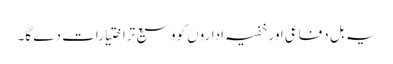
یہ بل دفاعی اور خفیہ اداروں کووسیع تراختیارات دے گا۔